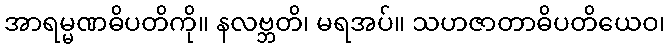
အာရမ္မဏဓိပတိကို။ နလဗ္ဘတိ၊ မရအပ်။ သဟဇာတာဓိပတိယေဝ၊